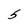
Character: 5